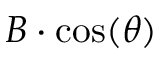
\displaystyle B \cdot \cos ( \theta )